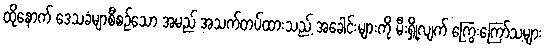
ထိုနောက် ဒေသခံမျာစီစဉ်သော အမည် အသက်တပ်ထားသည့် အခေါင်းများကို မီးရှို့လျက် ကြွေးကြော်သ့များ